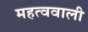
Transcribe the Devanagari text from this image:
महत्ववाली